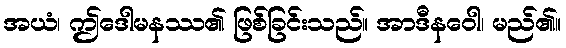
အယံ၊ ဤဒေါမနဿ၏ ဖြစ်ခြင်းသည်။ အာဒီနဝေါ၊ မည်၏။